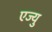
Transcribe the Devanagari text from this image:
एज्यु